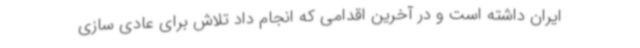
ایران داشته است و در آخرین اقدامی که انجام داد تلاش برای عادی سازی